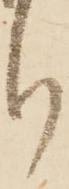
り